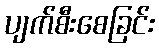
ပျက်စီးစေခြင်း